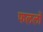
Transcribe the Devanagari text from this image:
फललों